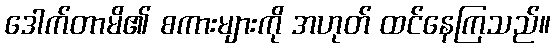
ဒေါက်တာမိ၏ စကားများကို အဟုတ် ထင်နေကြသည်။